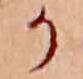
か